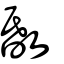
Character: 𢽹